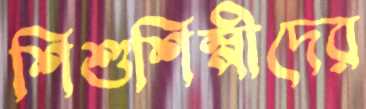
শিশুশিল্পীদের